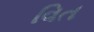
વિત